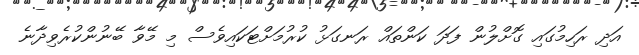
އަދި ރަހިމުގައި ގޮށްލުން ފަދަ ކަންތައް ރަނގަޅު ކުރުމަށްޓަކައިވެސް މި މޭވާ ބޭނުންކުރެވިދާނެ